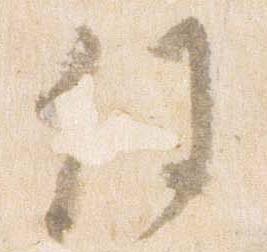
任